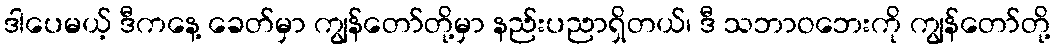
ဒါပေမယ့် ဒီကနေ့ ခေတ်မှာ ကျွန်တော်တို့မှာ နည်းပညာရှိတယ်၊ ဒီ သဘာဝဘေးကို ကျွန်တော်တို့